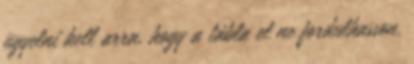
ügyelni kell arra, hogy a tábla el ne fordulhasson.